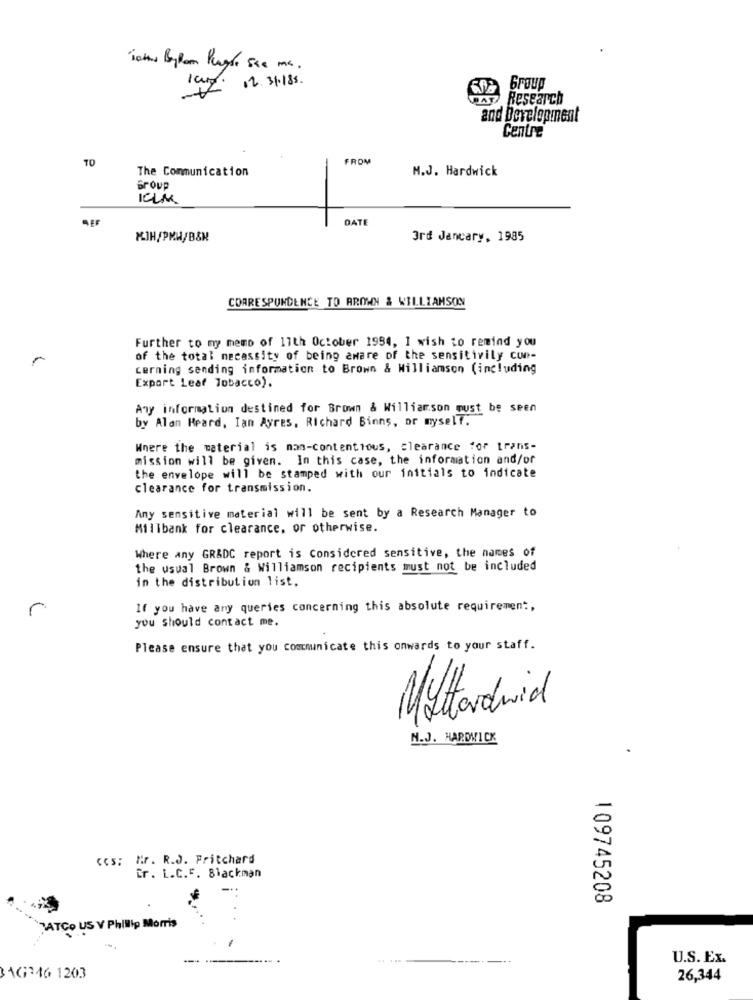
lamp. 12.31.185.
AT Research
and Development
Centre
TO
FROM
The Communication
M.J. Hardwick
Group
ILM
DATI
KJH/PMW/B&M
3rd January, 1985
CORRESPONDENCE TO AROWN & WILLIAMSON
Further to my memo of 11th October 1994, I wish to remind you
of the total necessity of being aware of the sensitivily cue-
cerning sending information to Brown & Williamson (including
Export Leaf Tobacco).
Any information destined for Brown & Williamson must be seen
by Alan Heard, Ian Ayres, Richard Binns, or myself.
Where the material is man-contentious, clearance for trans-
mission will be given. In this case, the information and/or
the envelope will be stamped with our initials to indicate
clearance for transmission.
Any sensitive material will be sent by a Research Manager to
Millbank for clearance, or otherwise.
Where any GR&DC report is Considered sensitive, the names of
the usual Brown & Williamson recipients must not be included
in the distribution list.
r
If you have any queries concerning this absolute requirement,
you should contact me.
Please ensure that you communicate this onwards to your staff.
Mitadrid
N.J. HARDWICK
cs: Mr. R.J. Pritchard
ir. L.C.F. Blackman
109745208
TATCO US V Philip Morris
U.S. Ex.
31G346 1203
26,344